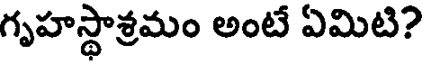
గృహస్థాశ్రమం అంటే ఏమిటి?